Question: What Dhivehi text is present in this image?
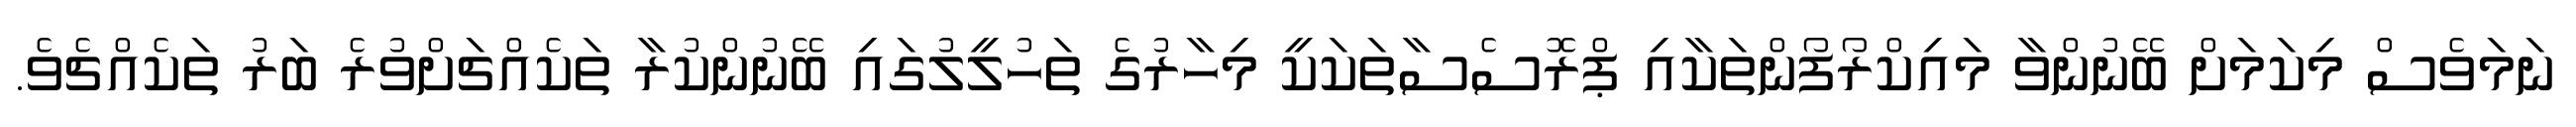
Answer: ނަމަވެސް މިކަމަށް ބޭނުންވާ މައިކްރޯފޯންތަކާއި ޕްރޮސެސާތަކަކީ މިހާރުގެ ތަހުލީލުގައި ބޭނުންކުރާ ތަކެއްޗަށްވުރެ ބަރު ތަކެއްޗެވެ.